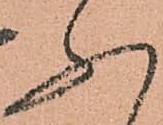
ふ